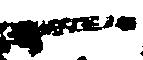
一